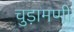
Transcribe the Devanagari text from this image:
चुड़ामणी